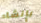
بإنشاء